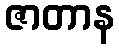
ဇာတာန